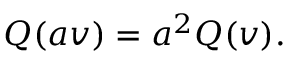
Q ( a v ) = a ^ { 2 } Q ( v ) .